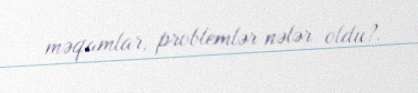
məqamlar, problemlər nələr oldu?.